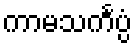
ကာမသင်္ကပ္ပံ